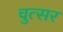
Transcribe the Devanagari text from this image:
चुत्सर